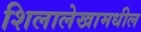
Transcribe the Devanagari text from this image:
शिलालेखामधील